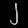
Digit: ၂